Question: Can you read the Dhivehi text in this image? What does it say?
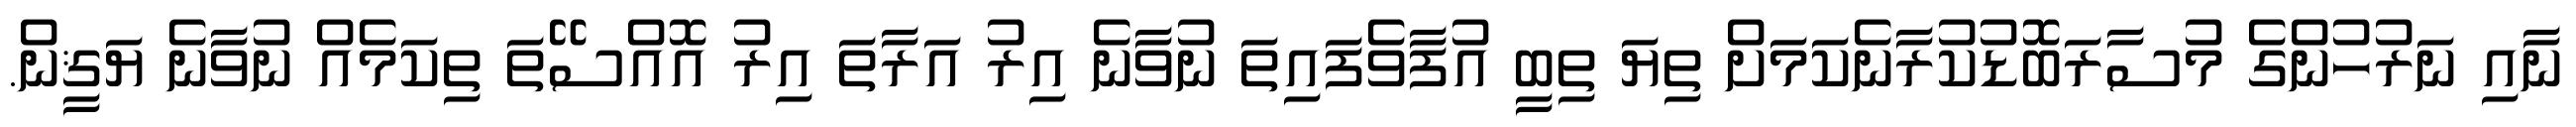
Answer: ނާއި ނަރުހުންގެ މުސާރަބޮޑުކުރާނެކަމަށް ތިޔަ ތިބީ އުފާވެފައިތަ ނުވާނެ އިރު އަރާތަ އިރު އޮއްސޭތަ ތިކަމެއް ނުވާނެ ޔަޤީން.